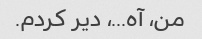
من، آه...، دیر کردم.